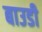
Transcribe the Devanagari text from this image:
बाउडी